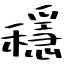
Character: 穩